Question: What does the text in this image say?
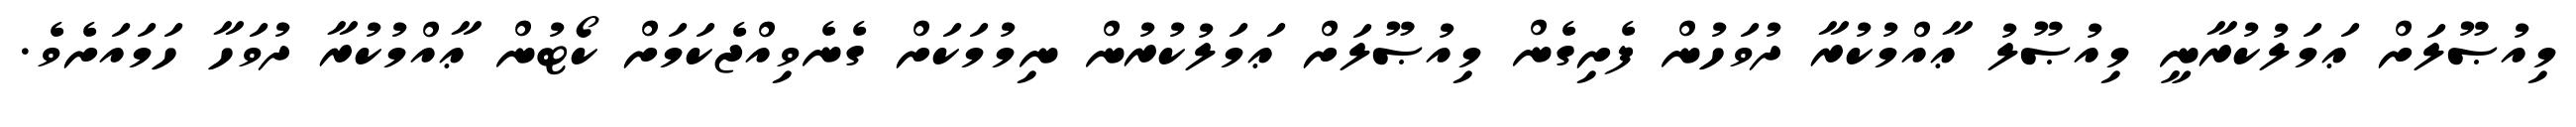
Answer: މިއުޞޫލަށް ޢަމަލުކުރާނީ މިއުޞޫލު ޢާއްމުކުރާ ދުވަހުން ފެށިގެން މިއުޞޫލަށް ޢަމަލުކުރުން ނިމުމަކަށް ގެނެވިއްޖެކަމަށް ކޯޓުން ޢާއްމުކުރާ ދުވަހާ ހަމައަށެވެ.